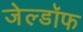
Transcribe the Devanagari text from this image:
जेल्डॉफ